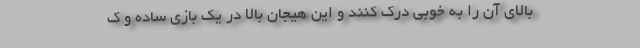
بالای آن را به خوبی درک کنند و این هیجان بالا در یک بازی ساده و ک